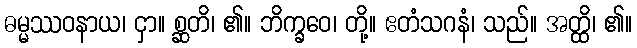
ဓမ္မဿဝနာယ၊ ငှာ။ စ္ဆတိ၊ ၏။ ဘိက္ခဝေ၊ တို့။ ဧတံသဂနံ၊ သည်။ အတ္ထိ၊ ၏။